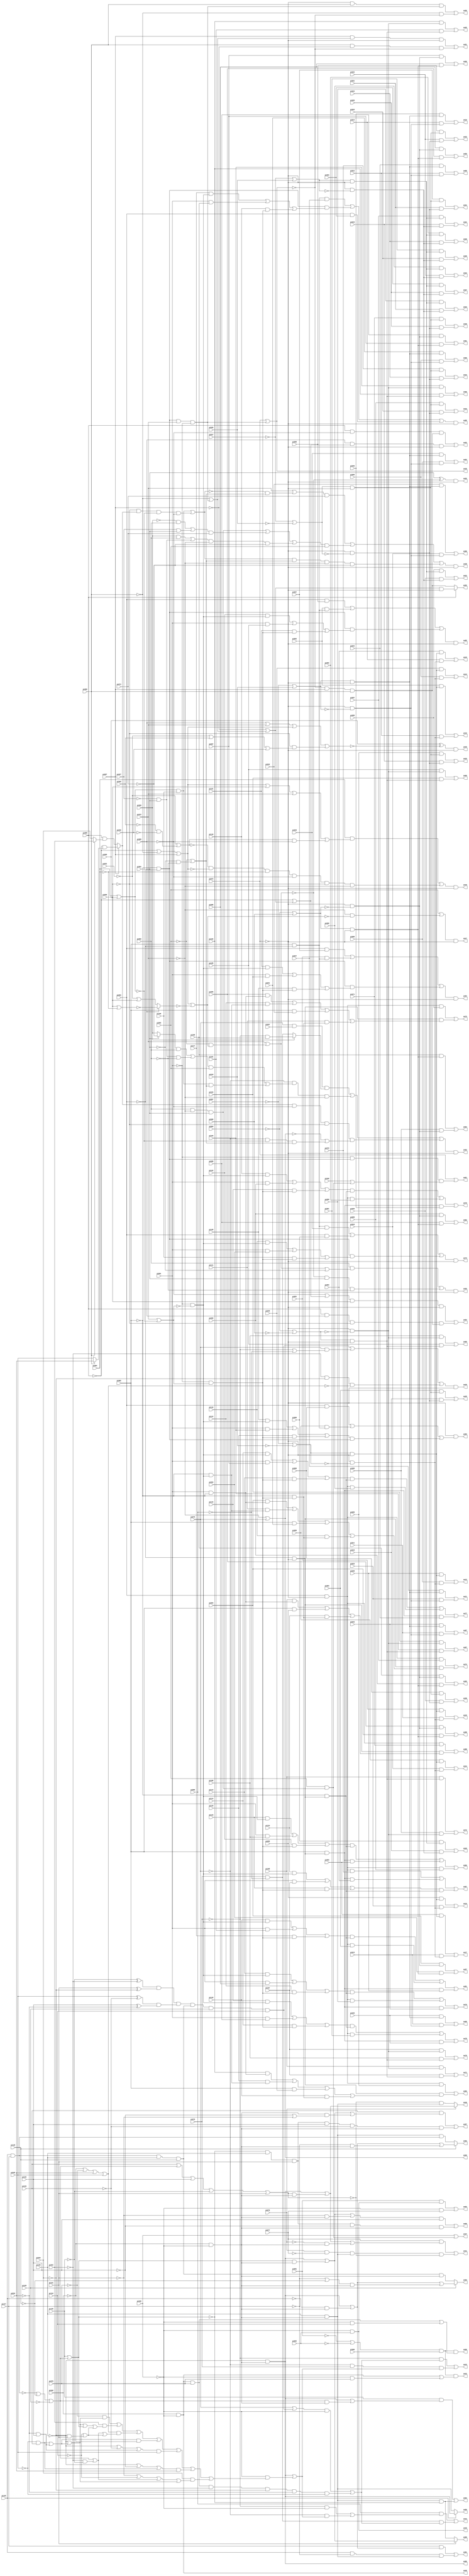
// Benchmark "apex6" written by ABC on Thu Mar 19 13:02:36 2020

module apex6 ( 
    pi000, pi001, pi002, pi003, pi004, pi005, pi006, pi007, pi008, pi009,
    pi010, pi011, pi012, pi013, pi014, pi015, pi016, pi017, pi018, pi019,
    pi020, pi021, pi022, pi023, pi024, pi025, pi026, pi027, pi028, pi029,
    pi030, pi031, pi032, pi033, pi034, pi035, pi036, pi037, pi038, pi039,
    pi040, pi041, pi042, pi043, pi044, pi045, pi046, pi047, pi048, pi049,
    pi050, pi051, pi052, pi053, pi054, pi055, pi056, pi057, pi058, pi059,
    pi060, pi061, pi062, pi063, pi064, pi065, pi066, pi067, pi068, pi069,
    pi070, pi071, pi072, pi073, pi074, pi075, pi076, pi077, pi078, pi079,
    pi080, pi081, pi082, pi083, pi084, pi085, pi086, pi087, pi088, pi089,
    pi090, pi091, pi092, pi093, pi094, pi095, pi096, pi097, pi098, pi099,
    pi100, pi101, pi102, pi103, pi104, pi105, pi106, pi107, pi108, pi109,
    pi110, pi111, pi112, pi113, pi114, pi115, pi116, pi117, pi118, pi119,
    pi120, pi121, pi122, pi123, pi124, pi125, pi126, pi127, pi128, pi129,
    pi130, pi131, pi132, pi133, pi134,
    po00, po01, po02, po03, po04, po05, po06, po07, po08, po09, po10, po11,
    po12, po13, po14, po15, po16, po17, po18, po19, po20, po21, po22, po23,
    po24, po25, po26, po27, po28, po29, po30, po31, po32, po33, po34, po35,
    po36, po37, po38, po39, po40, po41, po42, po43, po44, po45, po46, po47,
    po48, po49, po50, po51, po52, po53, po54, po55, po56, po57, po58, po59,
    po60, po61, po62, po63, po64, po65, po66, po67, po68, po69, po70, po71,
    po72, po73, po74, po75, po76, po77, po78, po79, po80, po81, po82, po83,
    po84, po85, po86, po87, po88, po89, po90, po91, po92, po93, po94, po95,
    po96, po97, po98  );
  input  pi000, pi001, pi002, pi003, pi004, pi005, pi006, pi007, pi008,
    pi009, pi010, pi011, pi012, pi013, pi014, pi015, pi016, pi017, pi018,
    pi019, pi020, pi021, pi022, pi023, pi024, pi025, pi026, pi027, pi028,
    pi029, pi030, pi031, pi032, pi033, pi034, pi035, pi036, pi037, pi038,
    pi039, pi040, pi041, pi042, pi043, pi044, pi045, pi046, pi047, pi048,
    pi049, pi050, pi051, pi052, pi053, pi054, pi055, pi056, pi057, pi058,
    pi059, pi060, pi061, pi062, pi063, pi064, pi065, pi066, pi067, pi068,
    pi069, pi070, pi071, pi072, pi073, pi074, pi075, pi076, pi077, pi078,
    pi079, pi080, pi081, pi082, pi083, pi084, pi085, pi086, pi087, pi088,
    pi089, pi090, pi091, pi092, pi093, pi094, pi095, pi096, pi097, pi098,
    pi099, pi100, pi101, pi102, pi103, pi104, pi105, pi106, pi107, pi108,
    pi109, pi110, pi111, pi112, pi113, pi114, pi115, pi116, pi117, pi118,
    pi119, pi120, pi121, pi122, pi123, pi124, pi125, pi126, pi127, pi128,
    pi129, pi130, pi131, pi132, pi133, pi134;
  output po00, po01, po02, po03, po04, po05, po06, po07, po08, po09, po10,
    po11, po12, po13, po14, po15, po16, po17, po18, po19, po20, po21, po22,
    po23, po24, po25, po26, po27, po28, po29, po30, po31, po32, po33, po34,
    po35, po36, po37, po38, po39, po40, po41, po42, po43, po44, po45, po46,
    po47, po48, po49, po50, po51, po52, po53, po54, po55, po56, po57, po58,
    po59, po60, po61, po62, po63, po64, po65, po66, po67, po68, po69, po70,
    po71, po72, po73, po74, po75, po76, po77, po78, po79, po80, po81, po82,
    po83, po84, po85, po86, po87, po88, po89, po90, po91, po92, po93, po94,
    po95, po96, po97, po98;
  wire new_n334_, new_n335_, new_n336_, new_n337_, new_n338_, new_n339_,
    new_n340_, new_n341_, new_n342_, new_n343_, new_n344_, new_n345_,
    new_n346_, new_n347_, new_n348_, new_n349_, new_n350_, new_n351_,
    new_n352_, new_n353_, new_n354_, new_n355_, new_n356_, new_n357_,
    new_n358_, new_n359_, new_n360_, new_n361_, new_n362_, new_n363_,
    new_n364_, new_n365_, new_n366_, new_n367_, new_n368_, new_n369_,
    new_n370_, new_n371_, new_n372_, new_n373_, new_n374_, new_n375_,
    new_n376_, new_n377_, new_n378_, new_n379_, new_n380_, new_n381_,
    new_n382_, new_n383_, new_n384_, new_n385_, new_n386_, new_n387_,
    new_n388_, new_n389_, new_n390_, new_n391_, new_n392_, new_n393_,
    new_n394_, new_n395_, new_n396_, new_n397_, new_n398_, new_n399_,
    new_n400_, new_n401_, new_n402_, new_n403_, new_n404_, new_n405_,
    new_n406_, new_n407_, new_n408_, new_n409_, new_n410_, new_n411_,
    new_n412_, new_n413_, new_n414_, new_n415_, new_n416_, new_n417_,
    new_n418_, new_n419_, new_n420_, new_n421_, new_n422_, new_n423_,
    new_n424_, new_n425_, new_n426_, new_n427_, new_n428_, new_n429_,
    new_n430_, new_n431_, new_n432_, new_n433_, new_n434_, new_n435_,
    new_n436_, new_n437_, new_n438_, new_n439_, new_n440_, new_n441_,
    new_n442_, new_n443_, new_n444_, new_n445_, new_n446_, new_n447_,
    new_n448_, new_n449_, new_n450_, new_n451_, new_n452_, new_n453_,
    new_n454_, new_n455_, new_n456_, new_n457_, new_n458_, new_n459_,
    new_n460_, new_n461_, new_n462_, new_n463_, new_n464_, new_n465_,
    new_n466_, new_n467_, new_n468_, new_n469_, new_n470_, new_n471_,
    new_n472_;
  assign po00 = ~pi072 | pi075;
  assign po01 = pi073 | (~pi001 & new_n334_ & new_n335_);
  assign po02 = new_n336_ & ~pi073;
  assign po03 = (pi081 & po45) | (~pi038 & pi077);
  assign po04 = (pi040 & new_n337_) | (pi008 & new_n338_);
  assign po05 = (pi041 & new_n337_) | (pi009 & new_n338_);
  assign po06 = (pi042 & new_n337_) | (pi010 & new_n338_);
  assign po07 = (pi043 & new_n337_) | (pi011 & new_n338_);
  assign po08 = (pi044 & new_n337_) | (pi012 & new_n338_);
  assign po09 = (pi045 & new_n337_) | (pi013 & new_n338_);
  assign po10 = (pi046 & new_n337_) | (pi014 & new_n338_);
  assign po11 = (pi047 & new_n337_) | (pi015 & new_n338_);
  assign po12 = (pi048 & new_n339_) | (pi008 & new_n340_);
  assign po13 = (pi049 & new_n339_) | (pi009 & new_n340_);
  assign po14 = (pi050 & new_n339_) | (pi010 & new_n340_);
  assign po15 = (pi051 & new_n339_) | (pi011 & new_n340_);
  assign po16 = (pi052 & new_n339_) | (pi012 & new_n340_);
  assign po17 = (pi053 & new_n339_) | (pi013 & new_n340_);
  assign po18 = (pi054 & new_n339_) | (pi014 & new_n340_);
  assign po19 = (pi055 & new_n339_) | (pi015 & new_n340_);
  assign po20 = (pi056 & new_n341_) | (pi018 & new_n342_);
  assign po21 = (pi057 & new_n341_) | (pi019 & new_n342_);
  assign po22 = (pi058 & new_n341_) | (pi020 & new_n342_);
  assign po23 = (pi059 & new_n341_) | (pi021 & new_n342_);
  assign po24 = (pi060 & new_n341_) | (pi022 & new_n342_);
  assign po25 = (pi061 & new_n341_) | (pi023 & new_n342_);
  assign po26 = (pi062 & new_n341_) | (pi024 & new_n342_);
  assign po27 = (pi063 & new_n341_) | (pi025 & new_n342_);
  assign po28 = (pi064 & new_n343_) | (pi018 & new_n344_);
  assign po29 = (pi065 & new_n343_) | (pi019 & new_n344_);
  assign po30 = (pi066 & new_n343_) | (pi020 & new_n344_);
  assign po31 = (pi067 & new_n343_) | (pi021 & new_n344_);
  assign po32 = (pi068 & new_n343_) | (pi022 & new_n344_);
  assign po33 = (pi069 & new_n343_) | (pi023 & new_n344_);
  assign po34 = (pi070 & new_n343_) | (pi024 & new_n344_);
  assign po35 = (pi071 & new_n343_) | (pi025 & new_n344_);
  assign po36 = pi073 | new_n345_;
  assign po37 = pi038 | (pi083 & new_n346_);
  assign po38 = new_n347_ & ~pi073;
  assign po39 = new_n348_ & ~pi073;
  assign po40 = pi076 ? new_n349_ : (~new_n350_ & new_n351_);
  assign po41 = (pi077 & new_n352_) | (pi076 & ~pi077 & new_n351_ & ~new_n350_);
  assign po42 = new_n354_ & pi000 & new_n353_;
  assign po43 = (~pi079 & new_n355_) | (~pi075 & pi079 & new_n356_);
  assign po44 = (pi080 & new_n357_) | (pi079 & ~pi080 & new_n355_);
  assign po45 = ~pi038 & pi082;
  assign po46 = pi036 & ~pi038;
  assign po47 = new_n358_ & ~pi073;
  assign po48 = new_n359_ & ~pi073;
  assign po49 = new_n360_ & ~pi073;
  assign po50 = (~pi073 & pi086 & new_n345_) | (~pi086 & ~po36);
  assign po51 = (pi087 & new_n361_ & ~pi073) | (pi086 & ~pi087 & ~po36);
  assign po52 = pi088 ? (new_n362_ & ~pi073) : new_n363_;
  assign po53 = (pi088 & ~pi089 & new_n363_) | (pi089 & new_n364_ & ~pi073);
  assign po54 = (new_n365_ & pi090 & ~pi073) | (pi088 & pi089 & ~pi090 & new_n363_);
  assign po55 = new_n366_ & ~pi073;
  assign po56 = new_n367_ & ~pi073;
  assign po57 = (pi094 & new_n369_) | (pi093 & new_n368_);
  assign po58 = (pi095 & new_n369_) | (pi094 & new_n368_);
  assign po59 = (pi096 & new_n369_) | (pi095 & new_n368_);
  assign po60 = (pi097 & new_n369_) | (pi096 & new_n368_);
  assign po61 = (pi098 & new_n369_) | (pi097 & new_n368_);
  assign po62 = (pi099 & new_n369_) | (pi098 & new_n368_);
  assign po63 = (pi100 & new_n369_) | (pi099 & new_n368_);
  assign po64 = (pi100 & new_n368_) | (pi005 & new_n369_);
  assign po65 = (pi102 & new_n371_) | (pi101 & new_n370_);
  assign po66 = (pi103 & new_n371_) | (pi102 & new_n370_);
  assign po67 = (pi104 & new_n371_) | (pi103 & new_n370_);
  assign po68 = (pi105 & new_n371_) | (pi104 & new_n370_);
  assign po69 = (pi106 & new_n371_) | (pi105 & new_n370_);
  assign po70 = (pi107 & new_n371_) | (pi106 & new_n370_);
  assign po71 = (pi108 & new_n371_) | (pi107 & new_n370_);
  assign po72 = (pi108 & new_n370_) | (pi005 & new_n371_);
  assign po73 = new_n372_ & ~pi073;
  assign po74 = (new_n374_ & pi057) | (new_n373_ & new_n375_);
  assign po75 = (new_n374_ & pi058) | (new_n373_ & new_n376_);
  assign po76 = (new_n378_ & new_n379_) | (new_n374_ & pi059) | (new_n377_ & pi043);
  assign po77 = (new_n380_ & new_n379_) | (new_n374_ & pi060) | (new_n377_ & pi044);
  assign po78 = (new_n381_ & new_n379_) | (new_n374_ & pi061) | (new_n377_ & pi045);
  assign po79 = (new_n382_ & new_n379_) | (new_n374_ & pi062) | (new_n377_ & pi046);
  assign po80 = new_n383_ & ~pi073;
  assign po81 = (new_n384_ & new_n379_) | (new_n374_ & pi064) | (new_n377_ & pi048);
  assign po82 = (new_n374_ & pi065) | (new_n373_ & new_n385_);
  assign po83 = ~pi073 & new_n386_;
  assign po84 = new_n387_ & ~pi073;
  assign po85 = new_n388_ & ~pi073;
  assign po86 = (new_n389_ & new_n379_) | (new_n377_ & pi053) | (new_n374_ & pi069);
  assign po87 = (new_n374_ & pi070) | (new_n377_ & pi054) | (new_n390_ & new_n379_);
  assign po88 = (new_n374_ & pi071) | (new_n373_ & new_n391_);
  assign po89 = ~pi125 & new_n392_;
  assign po90 = pi126 ? po89 : new_n351_;
  assign po91 = (pi127 & new_n393_) | (pi126 & ~pi127 & new_n351_);
  assign po92 = pi128 ? new_n395_ : (new_n351_ & new_n394_);
  assign po93 = pi129 ? new_n397_ : (new_n396_ & new_n392_);
  assign po94 = (pi130 & new_n398_) | (new_n351_ & ~new_n399_);
  assign po95 = pi131 ? new_n400_ : (~new_n399_ & new_n351_);
  assign po96 = (new_n402_ & pi132) | (new_n401_ & ~pi132 & new_n392_);
  assign po97 = (pi133 & new_n403_) | (new_n401_ & pi132 & ~pi133 & new_n392_);
  assign po98 = new_n354_ & pi000 & new_n404_;
  assign new_n334_ = ~pi002 & ~pi003;
  assign new_n335_ = pi039 | (pi083 & new_n346_);
  assign new_n336_ = (pi075 & pi037 & new_n408_) | (~pi075 & new_n406_ & ~pi072) | (new_n405_ & ~pi089 & ~pi090 & new_n407_);
  assign new_n337_ = new_n409_ & ~pi073;
  assign new_n338_ = ~pi073 & ~new_n409_;
  assign new_n339_ = new_n410_ & ~pi073;
  assign new_n340_ = ~pi073 & ~new_n410_;
  assign new_n341_ = new_n411_ & ~pi073;
  assign new_n342_ = ~pi073 & ~new_n411_;
  assign new_n343_ = new_n412_ & ~pi073;
  assign new_n344_ = ~pi073 & ~new_n412_;
  assign new_n345_ = new_n334_ & pi072 & ~pi001;
  assign new_n346_ = pi092 & ~pi072 & pi091;
  assign new_n347_ = (new_n415_ & pi074) | (new_n414_ & pi083) | (new_n413_ & new_n416_ & ~pi072 & ~pi074);
  assign new_n348_ = new_n419_ | (pi075 & new_n417_) | (~pi032 & ~pi033 & ~new_n418_);
  assign new_n349_ = po89 | (new_n350_ & new_n392_);
  assign new_n350_ = pi133 | new_n420_ | pi132 | ~pi130 | pi131;
  assign new_n351_ = pi125 & new_n392_;
  assign new_n352_ = new_n349_ | (~pi076 & new_n392_);
  assign new_n353_ = po46 | (~pi038 & pi078);
  assign new_n354_ = ~pi081 | ~pi082;
  assign new_n355_ = (new_n421_ & ~pi038) | (po46 & pi078 & ~pi032 & ~pi033 & ~pi034 & ~pi035);
  assign new_n356_ = po89 | (~pi038 & new_n422_);
  assign new_n357_ = (~pi079 & ~pi038) | (~pi075 & new_n356_);
  assign new_n358_ = pi083 | (~pi072 & ~new_n423_);
  assign new_n359_ = (pi084 & new_n426_) | (~new_n424_ & ~new_n425_ & ~pi084 & ~pi089 & ~pi090 & ~pi072);
  assign new_n360_ = pi085 ^ ~new_n427_;
  assign new_n361_ = ~pi086 | new_n345_;
  assign new_n362_ = ~pi087 | new_n361_;
  assign new_n363_ = ~po36 & pi087 & pi086;
  assign new_n364_ = ~pi088 | new_n362_;
  assign new_n365_ = ~pi089 | new_n364_;
  assign new_n366_ = pi091 ^ ~new_n428_;
  assign new_n367_ = (pi092 & new_n429_) | (~new_n428_ & pi091 & ~pi092);
  assign new_n368_ = new_n430_ & ~pi073;
  assign new_n369_ = ~pi073 & ~new_n430_;
  assign new_n370_ = new_n431_ & ~pi073;
  assign new_n371_ = ~pi073 & ~new_n431_;
  assign new_n372_ = (new_n432_ & pi040) | (pi003 & pi056) | (new_n334_ & new_n433_);
  assign new_n373_ = ~pi003 & ~pi073;
  assign new_n374_ = pi003 & ~pi073;
  assign new_n375_ = (pi094 & new_n436_) | (pi111 & new_n435_) | (pi002 & pi041) | (pi110 & new_n434_);
  assign new_n376_ = (pi095 & new_n436_) | (pi112 & new_n435_) | (pi002 & pi042) | (pi111 & new_n434_);
  assign new_n377_ = pi002 & new_n373_;
  assign new_n378_ = (pi113 & new_n438_) | (pi001 & pi096) | (pi112 & new_n437_);
  assign new_n379_ = ~pi002 & new_n373_;
  assign new_n380_ = (pi114 & new_n438_) | (pi001 & pi097) | (pi113 & new_n437_);
  assign new_n381_ = (pi115 & new_n438_) | (pi001 & pi098) | (pi114 & new_n437_);
  assign new_n382_ = (pi116 & new_n438_) | (pi001 & pi099) | (pi115 & new_n437_);
  assign new_n383_ = (new_n432_ & pi047) | (new_n334_ & new_n439_) | (pi003 & pi063);
  assign new_n384_ = (pi118 & new_n438_) | (pi001 & pi101) | (pi117 & new_n437_);
  assign new_n385_ = (pi102 & new_n436_) | (pi119 & new_n435_) | (pi002 & pi049) | (pi118 & new_n434_);
  assign new_n386_ = (pi003 & pi066) | (pi050 & new_n432_) | (new_n440_ & new_n334_);
  assign new_n387_ = (pi003 & pi067) | (pi051 & new_n432_) | (new_n334_ & new_n441_);
  assign new_n388_ = (pi003 & pi068) | (pi052 & new_n432_) | (new_n334_ & new_n442_);
  assign new_n389_ = (pi123 & new_n438_) | (pi001 & pi106) | (pi122 & new_n437_);
  assign new_n390_ = (pi124 & new_n438_) | (pi001 & pi107) | (pi123 & new_n437_);
  assign new_n391_ = (pi108 & new_n436_) | (pi002 & pi055) | (pi124 & new_n434_);
  assign new_n392_ = ~pi036 & ~pi038;
  assign new_n393_ = po89 | (~pi126 & new_n392_);
  assign new_n394_ = pi126 & pi127;
  assign new_n395_ = new_n393_ | (~pi127 & new_n392_);
  assign new_n396_ = new_n394_ & pi125 & pi128;
  assign new_n397_ = new_n393_ | (new_n443_ & new_n392_);
  assign new_n398_ = po89 | (new_n420_ & new_n392_);
  assign new_n399_ = pi130 | new_n420_;
  assign new_n400_ = po89 | (new_n399_ & new_n392_);
  assign new_n401_ = ~new_n399_ & pi125 & pi131;
  assign new_n402_ = new_n400_ | (~pi131 & new_n392_);
  assign new_n403_ = new_n400_ | (new_n392_ & new_n444_);
  assign new_n404_ = (pi078 & po46) | (~pi038 & pi134);
  assign new_n405_ = pi087 ? (~pi088 & new_n445_) : (pi088 & new_n446_);
  assign new_n406_ = (new_n447_ & pi083) | (new_n448_ & pi109 & new_n416_);
  assign new_n407_ = ~po00 | (~pi075 & ~new_n448_ & new_n416_);
  assign new_n408_ = pi028 ? (~pi079 & pi080) : (pi079 & ~pi080);
  assign new_n409_ = ~pi007 | pi016;
  assign new_n410_ = ~pi007 | ~pi016;
  assign new_n411_ = ~pi017 | pi026;
  assign new_n412_ = ~pi017 | ~pi026;
  assign new_n413_ = (new_n448_ & pi109) | (~pi090 & new_n405_ & ~new_n448_ & ~pi089);
  assign new_n414_ = new_n346_ | (new_n450_ & pi074) | (new_n449_ & ~pi072 & ~pi074);
  assign new_n415_ = pi072 | (~new_n413_ & new_n416_);
  assign new_n416_ = ~pi083 | (~pi091 & ~pi092);
  assign new_n417_ = ~pi079 | ~pi080;
  assign new_n418_ = ~pi036 | ~pi078 | pi034 | pi035;
  assign new_n419_ = new_n453_ & new_n452_ & new_n451_ & new_n396_ & pi129 & pi134;
  assign new_n420_ = ~new_n394_ | ~pi128 | ~pi129;
  assign new_n421_ = pi075 | new_n419_;
  assign new_n422_ = (~pi078 & new_n460_) | (pi032 & new_n459_) | (new_n418_ & new_n458_) | (new_n457_ & ~pi036) | (new_n454_ & pi035) | (new_n455_ & pi034) | (pi033 & new_n456_);
  assign new_n423_ = new_n425_ | ~new_n461_;
  assign new_n424_ = ~pi031 | (~pi029 & ~pi030);
  assign new_n425_ = ~pi088 | ~pi086 | pi087;
  assign new_n426_ = new_n425_ | pi090 | pi072 | (new_n424_ & ~pi089);
  assign new_n427_ = pi089 | pi072 | new_n425_ | (~pi090 & new_n462_);
  assign new_n428_ = pi072 | (~pi083 & new_n423_);
  assign new_n429_ = new_n428_ | ~pi091;
  assign new_n430_ = ~pi004 | pi006;
  assign new_n431_ = ~pi004 | ~pi006;
  assign new_n432_ = pi002 & ~pi003;
  assign new_n433_ = (pi110 & new_n438_) | (pi001 & pi093) | (pi109 & new_n437_);
  assign new_n434_ = ~pi002 & new_n437_;
  assign new_n435_ = ~pi002 & new_n438_;
  assign new_n436_ = pi001 & ~pi002;
  assign new_n437_ = ~pi001 & new_n463_;
  assign new_n438_ = ~pi001 & ~new_n463_;
  assign new_n439_ = (pi117 & new_n438_) | (pi001 & pi100) | (pi116 & new_n437_);
  assign new_n440_ = (pi120 & new_n438_) | (pi001 & pi103) | (pi119 & new_n437_);
  assign new_n441_ = (pi121 & new_n438_) | (pi001 & pi104) | (pi120 & new_n437_);
  assign new_n442_ = (pi122 & new_n438_) | (pi001 & pi105) | (pi121 & new_n437_);
  assign new_n443_ = ~pi127 | ~pi128;
  assign new_n444_ = ~pi132 | ~pi131;
  assign new_n445_ = pi086 ? pi034 : pi035;
  assign new_n446_ = pi086 ? pi032 : pi033;
  assign new_n447_ = (new_n464_ & pi092) | (~pi027 & pi091 & ~pi092);
  assign new_n448_ = pi084 | pi085;
  assign new_n449_ = (pi028 & pi092) | (~pi027 & pi091);
  assign new_n450_ = (~pi028 & pi092) | (pi027 & pi091);
  assign new_n451_ = new_n465_ & new_n466_;
  assign new_n452_ = pi131 ^ ~pi033;
  assign new_n453_ = ~pi130 ^ ~pi032;
  assign new_n454_ = ~pi125 | ~pi133 | new_n467_;
  assign new_n455_ = ~pi125 | ~pi132 | new_n468_;
  assign new_n456_ = ~pi131 | ~pi134 | new_n469_ | new_n460_;
  assign new_n457_ = new_n468_ | new_n467_;
  assign new_n458_ = new_n469_ | new_n470_;
  assign new_n459_ = new_n460_ | new_n399_ | new_n470_;
  assign new_n460_ = ~pi125 | new_n457_;
  assign new_n461_ = pi089 ? ~new_n472_ : new_n471_;
  assign new_n462_ = ~pi031 | pi029 | pi030;
  assign new_n463_ = pi072 | ~new_n448_;
  assign new_n464_ = pi091 ? ~pi074 : pi028;
  assign new_n465_ = pi035 ^ ~pi133;
  assign new_n466_ = pi132 ^ ~pi034;
  assign new_n467_ = ~pi034 & pi132;
  assign new_n468_ = ~pi035 & pi133;
  assign new_n469_ = new_n420_ | (~pi032 & ~pi130);
  assign new_n470_ = ~pi134 | (~pi033 & pi131);
  assign new_n471_ = ~pi031 | pi090;
  assign new_n472_ = pi090 | ~pi084;
endmodule